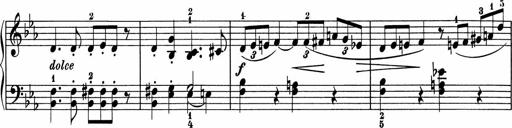
Title: 5 Sonatinen fÃ¼r die Jugend
Composer: Carl Reinecke